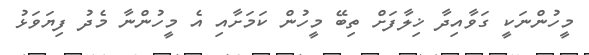
މީހުންނަކީ ގަވާއިދާ ޚިލާފަށް ތިބޭ މީހުން ކަމަށާއި އެ މީހުންނާ މެދު ފިޔަވަޅު